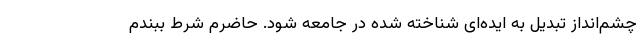
چشم‌انداز تبدیل به ایده‌ای شناخته شده در جامعه شود. حاضرم شرط ببندم